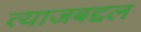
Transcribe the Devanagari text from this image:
त्याजबद्दल